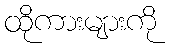
ထိုကားများကို